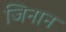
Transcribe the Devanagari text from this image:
जिनान